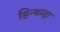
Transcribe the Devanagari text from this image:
हिन्थादा